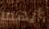
أيهما